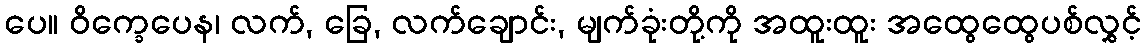
ပေ။ ဝိက္ခေပေန၊ လက်, ခြေ, လက်ချောင်း, မျက်ခုံးတို့ကို အထူးထူး အထွေထွေပစ်လွှင့်